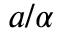
{ a } / { \alpha }